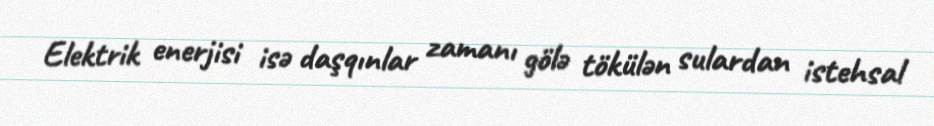
Elektrik enerjisi isə daşqınlar zamanı gölə tökülən sulardan istehsal